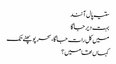
ستیہ پال آنند
بہت دیر جاگا
میں کل رات جاگا، سحر پو پھٹے تک
کہاں تھا میں؟